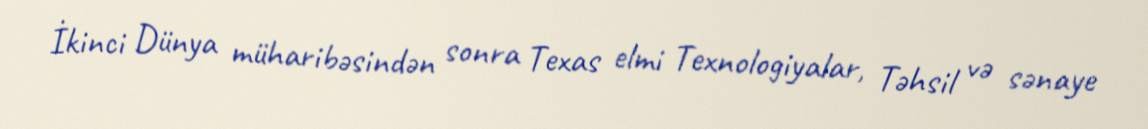
İkinci Dünya müharibəsindən sonra Texas elmi Texnologiyalar, Təhsil və sənaye